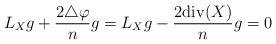
LaTeX: \begin{align*}L_Xg+{2\triangle\varphi\over n}g=L_Xg-{2{\rm div}(X)\over n}g=0\end{align*}